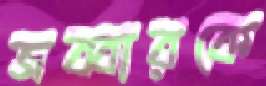
জব্বারকে